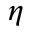
\eta